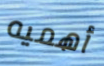
أهميه